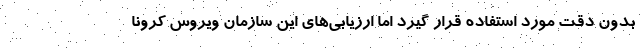
بدون دقت مورد استفاده قرار گیرد اما ارزیابی‌های این سازمان ویروس کرونا